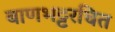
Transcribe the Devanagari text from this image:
बाणभट्टरचित